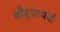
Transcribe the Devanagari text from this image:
बौद्धाभर्या